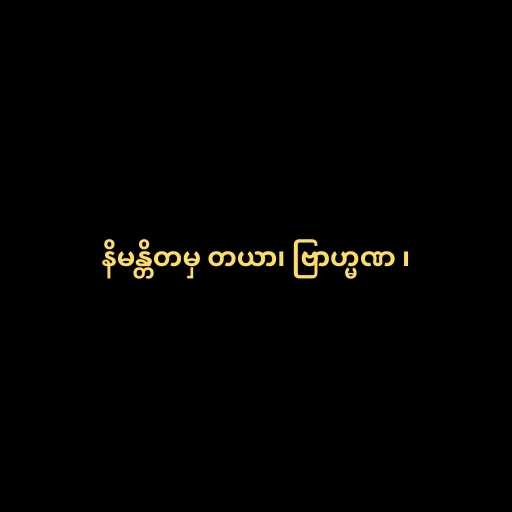
နိမန္တိတမှ တယာ၊ ဗြာဟ္မဏ ၊